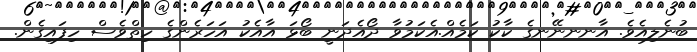
ބުނެލިއެވެ. އާނނނޭނގެ ކާކު ކަމެއް.އެކަމުވާ ދޯއެދަނީ ބޯޅަ އާއެކު އަހަރެންގެ ހިތްވެސް ހިފައިގެން.